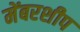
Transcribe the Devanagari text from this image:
मेंबरशीप